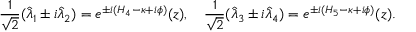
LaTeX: { \frac { 1 } { \sqrt { 2 } } } ( \hat { \lambda } _ { 1 } \pm i \hat { \lambda } _ { 2 } ) = e ^ { \pm i ( H _ { 4 } - \kappa + i \phi ) } ( z ) , \quad { \frac { 1 } { \sqrt { 2 } } } ( \hat { \lambda } _ { 3 } \pm i \hat { \lambda } _ { 4 } ) = e ^ { \pm i ( H _ { 5 } - \kappa + i \phi ) } ( z ) .